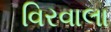
વિરવાલા